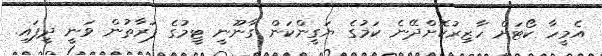
އެމީހާ ކޯޓަށް ހާޒިރުކޮށްދޭނެ ކަމުގެ ޔަގީންކަން ގާނޫނީ ޓީމުގެ ފަރާތުން ވަނީ ދީފައި.